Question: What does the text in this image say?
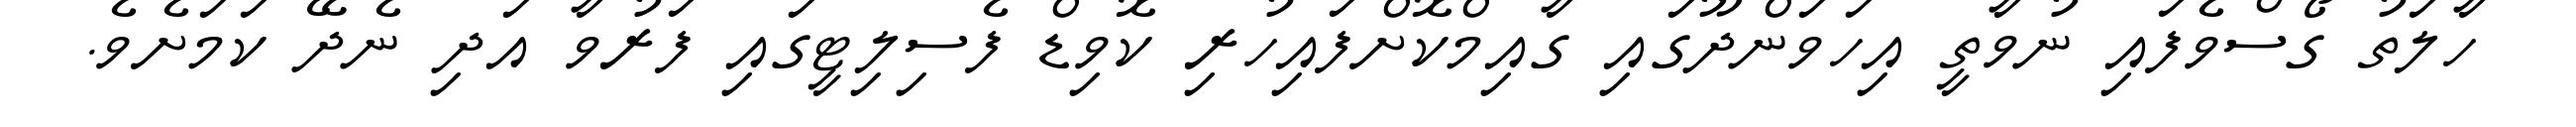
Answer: ހާލަތު ގޯސްވެފައި ނުވާތީ އިހަވަންދޫގައި ގާއިމްކޮށްފައިހުރި ކޮވިޑް ފެސިލިޓީގައި ފަރުވާ އަދި ނެދޭ ކަމަށެވެ.